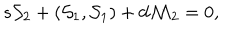
s { \cal S } _ { 2 } + ( { \cal S } _ { 1 } , { \cal S } _ { 1 } ) + d { \cal M } _ { 2 } = 0 ,